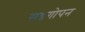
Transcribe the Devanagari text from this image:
सडगोपन